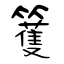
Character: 籆